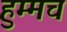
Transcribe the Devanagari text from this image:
हुम्मच